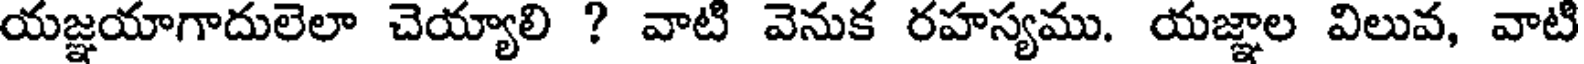
యజ్ఞయాగాదులెలా చెయ్యాలి ? వాటి వెనుక రహస్యము. యజ్ఞాల విలువ, వాటి